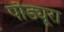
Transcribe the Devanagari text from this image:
पौड्यूरा